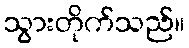
သွားတိုက်သည်။